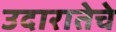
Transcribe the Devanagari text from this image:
उदारातेचे